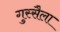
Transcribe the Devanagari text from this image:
गुस्सैला